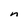
Character: n